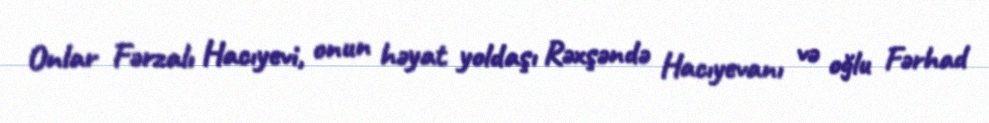
Onlar Fərzalı Hacıyevi, onun həyat yoldaşı Rəxşəndə Hacıyevanı və oğlu Fərhad